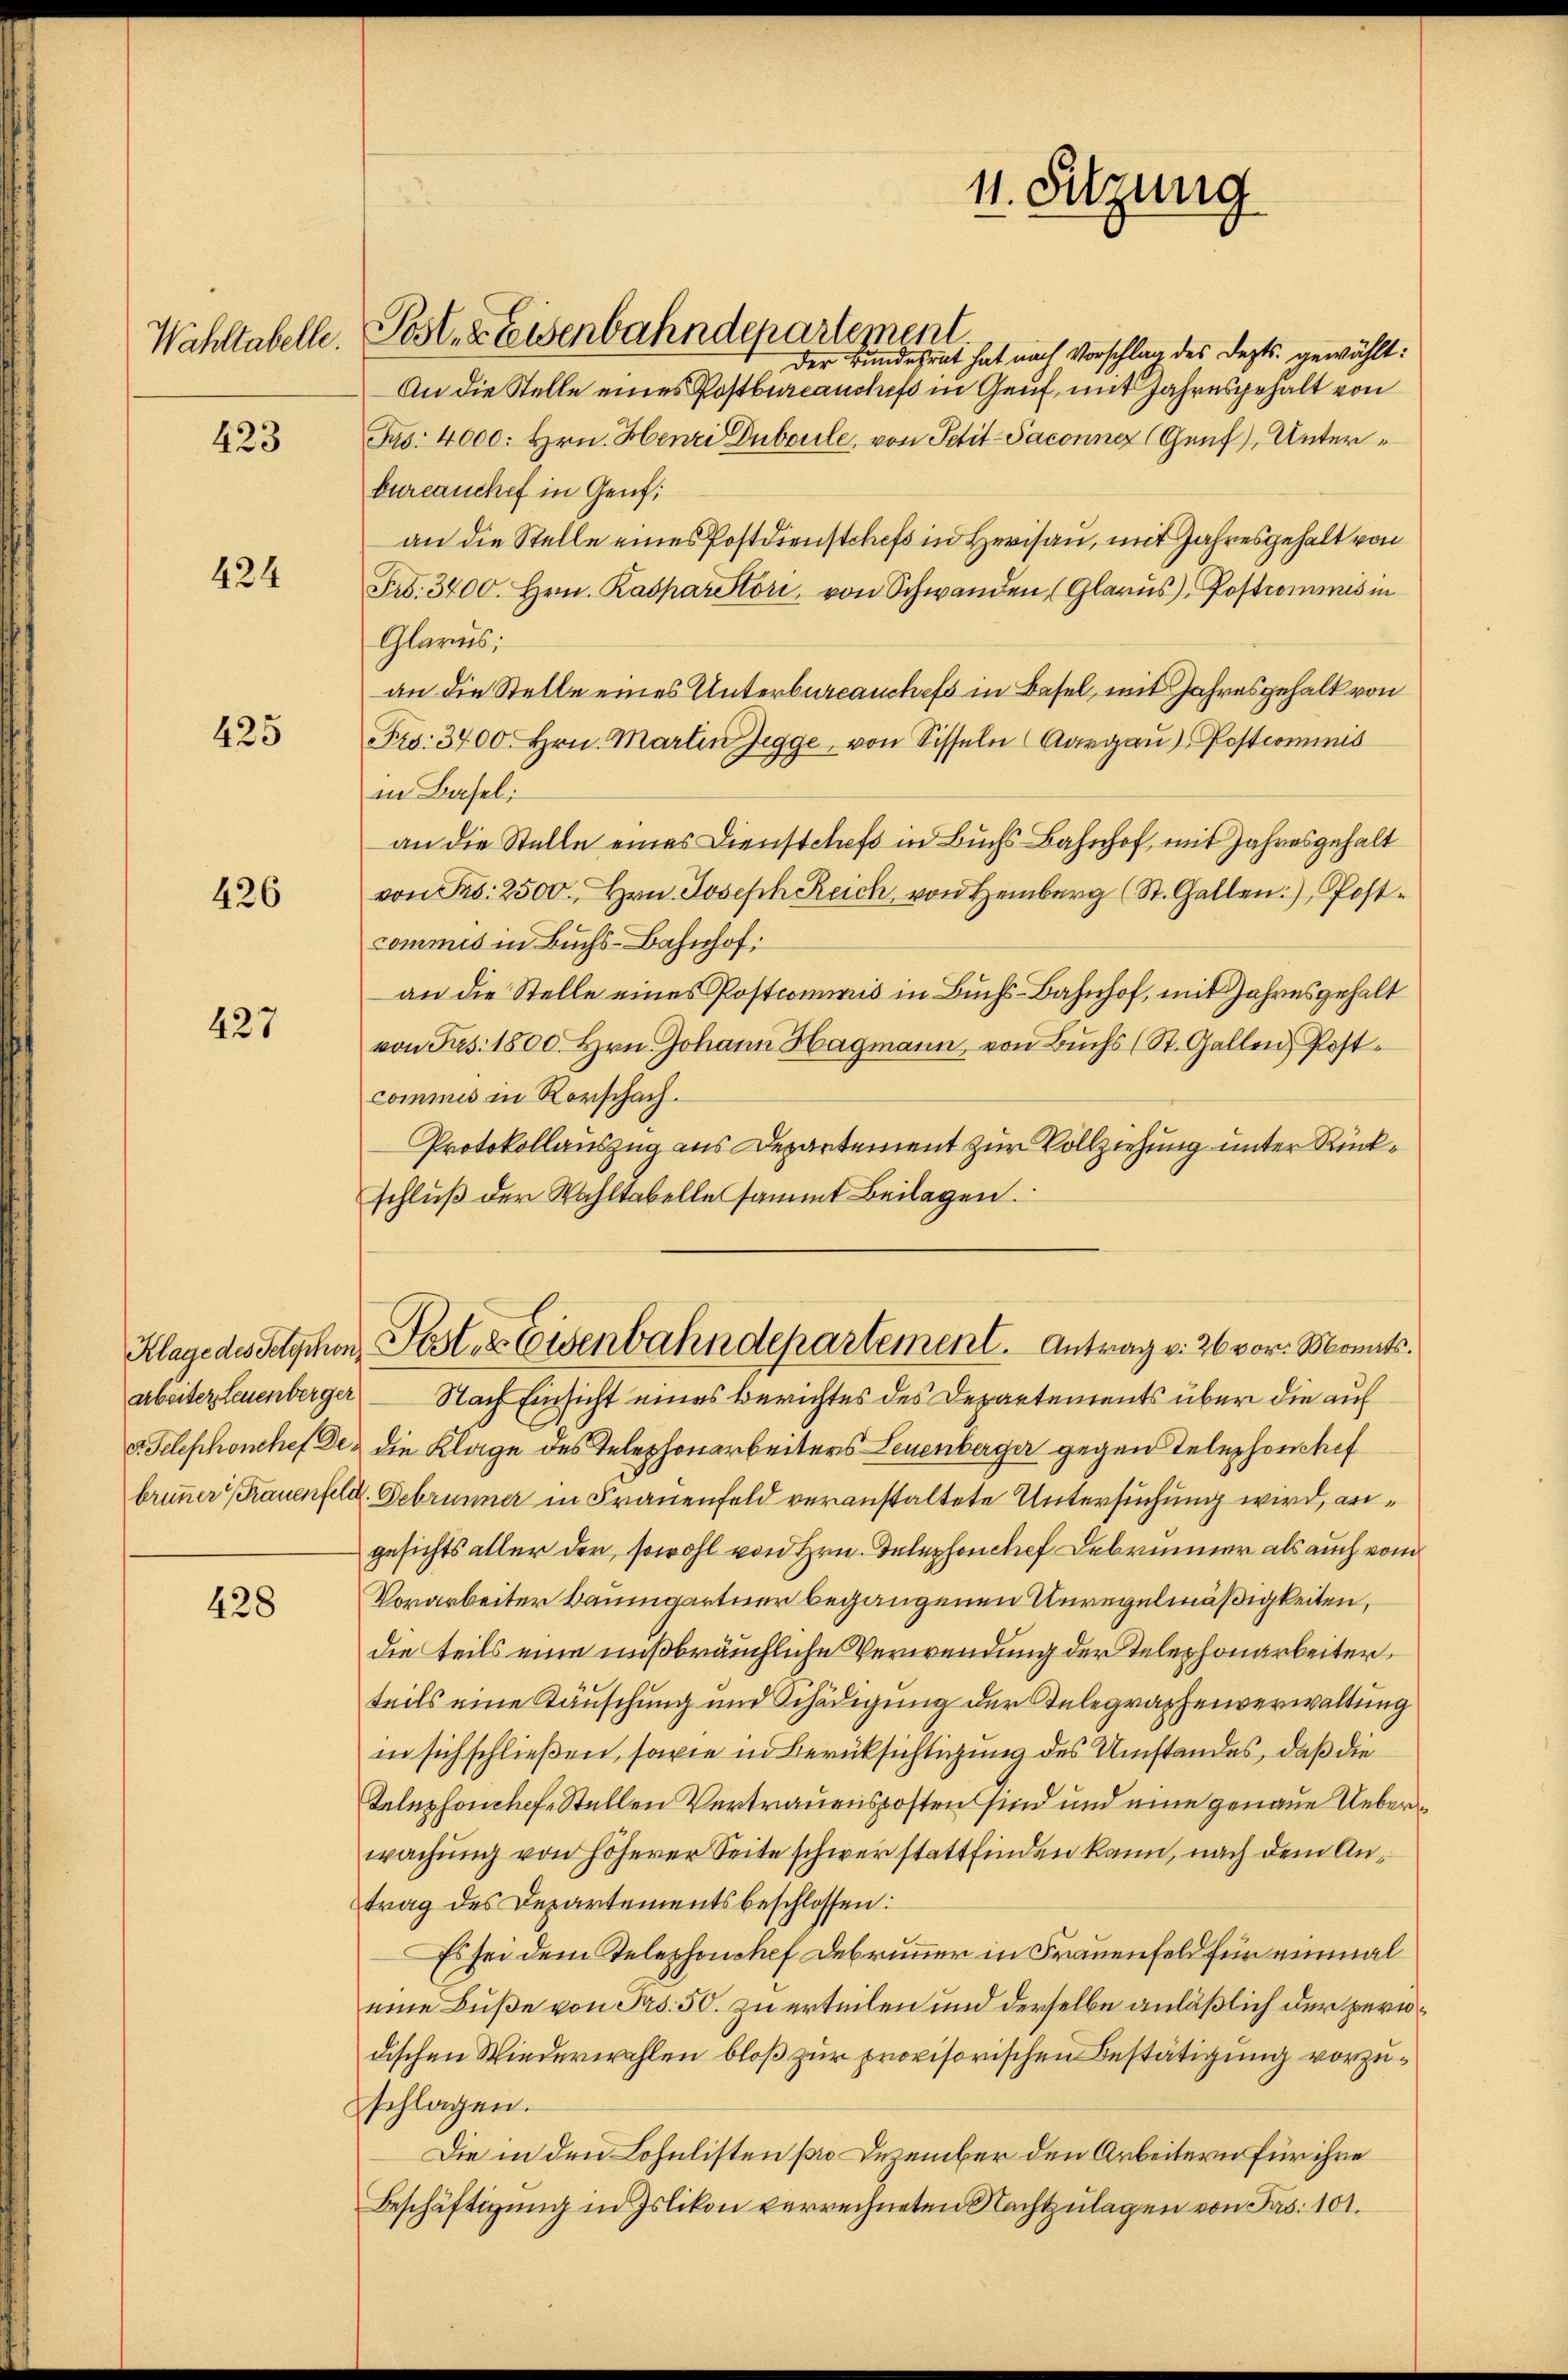
Wahltabelle.

423

424

425

426

427

Posterreisenbahndepartement.
Der Bundesrat hat nach Vorschlag des Depts gewählt:
An die Stelle eines Postbureauclas in Genf, mit Jahresgehalt von
Fr. 4000: Hrn. Henri Duboule, von Petit-Saconner (Genf), Unterbureauchef in Genf
an die Stelle eines Postdienstchefs in Herisau, mit Jahresgehalt von
Fr. 3400. Hrn. Kasparitori, von Schwanden (Glarus, Postrommnis in
Glarus:
an die Stelle eines Unterburcanchefs in Basel, mit Jahresgehalt von
Frs. 3400. Hrn. Martin Jegge von Sisseln Aargau) Postcommis
in Basel:
an die Stelle eines Dienstetes in Buchs Bahnhof, mit Jahresgehalt
von Fr. 2500. Hrn. Joseph Reich von Heinberg (St. Gallen Post-
commis in Buchs-Bahnhof.
an die Stelle eines Postcommis in Buchs-Bahnhof, mit Jahresgehalt
von Jos. 1800. Hrn. Johann Hagmann, von Buchs (St. Gallen Postcommis in Rorschach.
Protokollauszug aus Departement zur Vollziehung unter Rückschluß der Wahltabelle sammt Beilagen.
Klage des Geschen Post- & Eisenbahndepartement. Antrag v. 26 vor. Monats.
Nach Einsicht eines Berichtes des Departements über die auf
v. Telephonchef den die Klage des Telephonarbeiters Leuenberger gegen Telephonshof
brunner (Frauenfeld. Gebrunner in Frauenfeld veranstaltete Untersuchung wird, angesichts aller der, sowohl von Hrn. Telephonchef Debrunner als auch vom
Vorarbeiter Baumgartner begangenen Unregelmäßigkeiten,
die teils eine mißbräuchliche Verwendung der Telephonarbeiter,
teils eine Täuschung und Schädigung der Telegraphenverwaltung
in sich schließen, sowie in Berüksichtigung des Umstandes, daß die
Telephonchef. Stellen Vertrauensposten sind und eine genaue Ueberwachung von höherer Seite schwerstattfinden kann, nach dem Antrag des Departementsbeschlossen:
Es sei dem Telephonchef Debrunner in Frauenfeld für einmal
eine Buße von Pro. 50. zu erteilen und derselbe anläßlich der peridischen Wiederwahlen bloß zur provisorischen Bestätigung vorzuschlagen.
Die in den Lohnlisten pro Dezember den Arbeitern für ihre
Beschäftigung in Islikon verrechneten Nachtzulagen von Frs. 101.

arbeiter, Leuenberger

428

11. Setzung